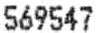
569547